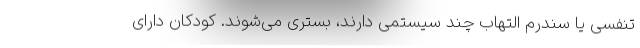
تنفسی یا سندرم التهاب چند سیستمی دارند، بستری می‌شوند. کودکان دارای